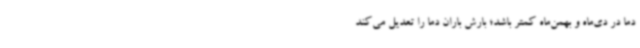
دما در دی‌ماه و بهمن‌ماه کمتر باشد؛ بارش باران دما را تعدیل می‌کند